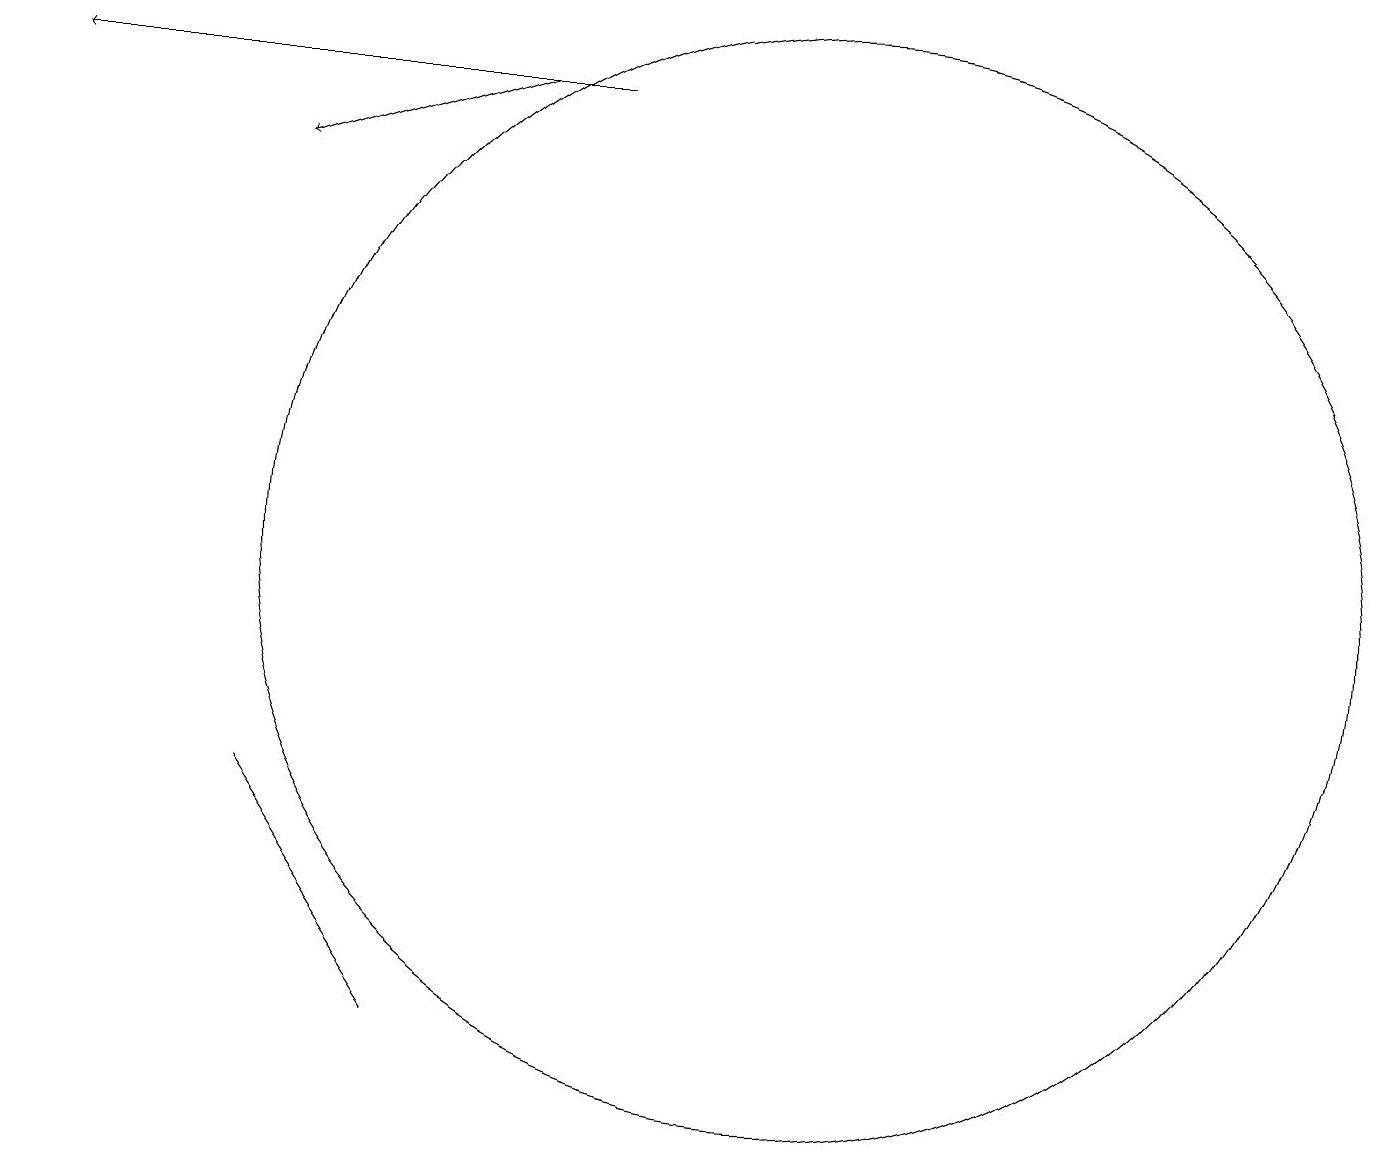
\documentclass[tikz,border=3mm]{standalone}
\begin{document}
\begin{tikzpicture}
\draw[->] (7,16) -- (4,15);
\draw (6,4) -- (6,4) -- (4,7) -- cycle;
\draw (11,10) circle (7);
\draw[->] (8,16) -- (1,16);
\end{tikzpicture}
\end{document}